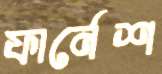
ফার্নেশ